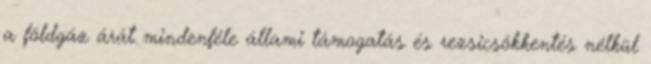
a földgáz árát mindenféle állami támogatás és rezsicsökkentés nélkül